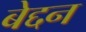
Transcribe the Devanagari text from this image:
बेद्दन